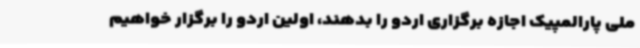
ملی پارالمپیک اجازه برگزاری اردو را بدهند، اولین اردو را برگزار خواهیم